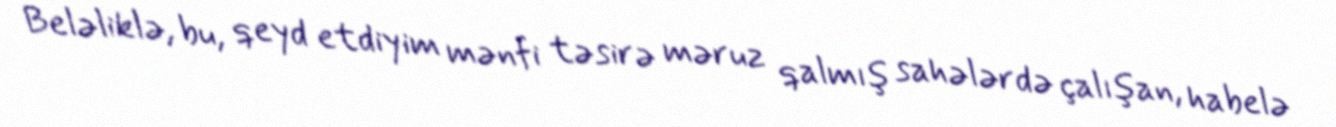
Beləliklə, bu, qeyd etdiyim mənfi təsirə məruz qalmış sahələrdə çalışan, habelə